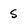
Character: s